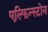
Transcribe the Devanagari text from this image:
एल्फिन्स्टोन